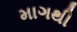
માગથી